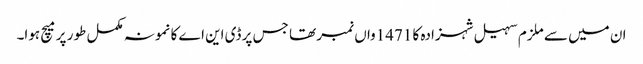
ان میں سے ملزم سہیل شہزادہ کا 1471واں نمبر تھا جس پر ڈی این اے کا نمونہ مکمل طور پر میچ ہوا۔